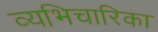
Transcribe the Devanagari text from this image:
व्यभिचारिका